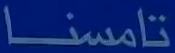
تامسنا